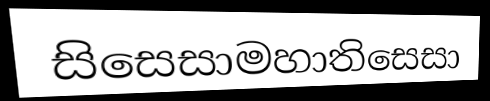
සිසෙසාමහාතිසෙසා